Calcutta medical institutions reports 1879-81 [i.e.91]
Year: 1879
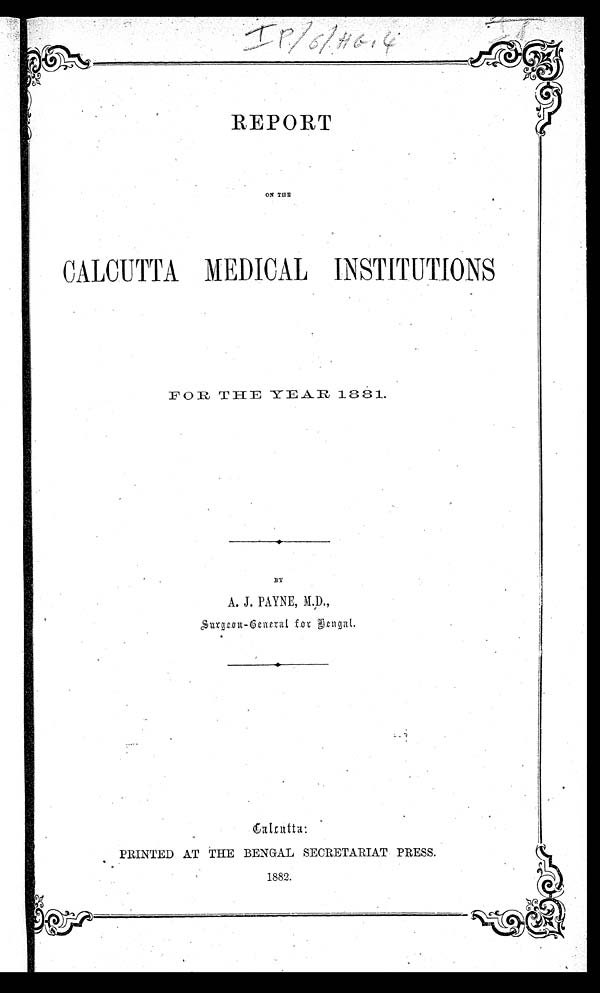
IP
REPORT
ON THE
CALCUTTA MEDICAL INSTITUTIONS
FOR THE YEAR 1881.
BY
A. J. PAYNE, M.D.,
Surgeon-General for Bengal.
•
PRINTED AT THE BENGAL SECRETARIAT PRESS.
1882.